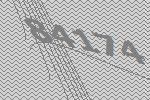
84174